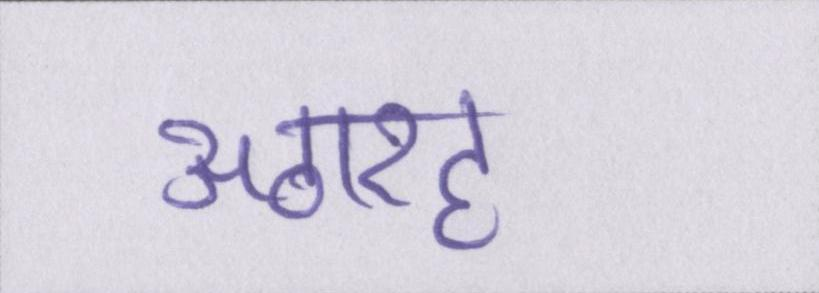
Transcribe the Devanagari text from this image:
अठारह